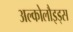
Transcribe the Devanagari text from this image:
अल्कोलौइड्स